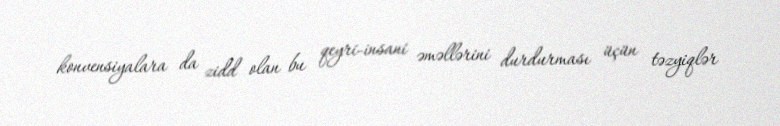
konvensiyalara da zidd olan bu qeyri-insani əməllərini durdurması üçün təzyiqlər